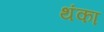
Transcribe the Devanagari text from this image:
थंका